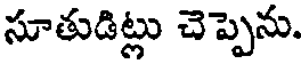
సూతుడిట్లు చెప్పెను.